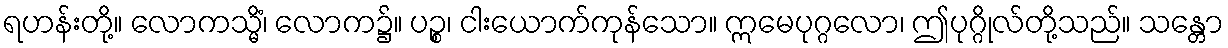
ရဟန်းတို့။ လောကသ္မိံ၊ လောက၌။ ပဉ္စ၊ ငါးယောက်ကုန်သော။ ဣမေပုဂ္ဂလော၊ ဤပုဂ္ဂိုလ်တို့သည်။ သန္တော